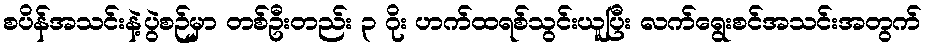
စပိန်အသင်းနဲ့ပွဲစဉ်မှာ တစ်ဦးတည်း ၃ ဂိုး ဟက်ထရစ်သွင်းယူပြီး လက်ရွေးစင်အသင်းအတွက်